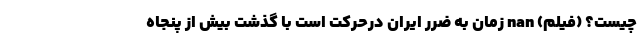
چیست؟ (فیلم) nan زمان به ضرر ایران درحرکت است با گذشت بیش از پنجاه